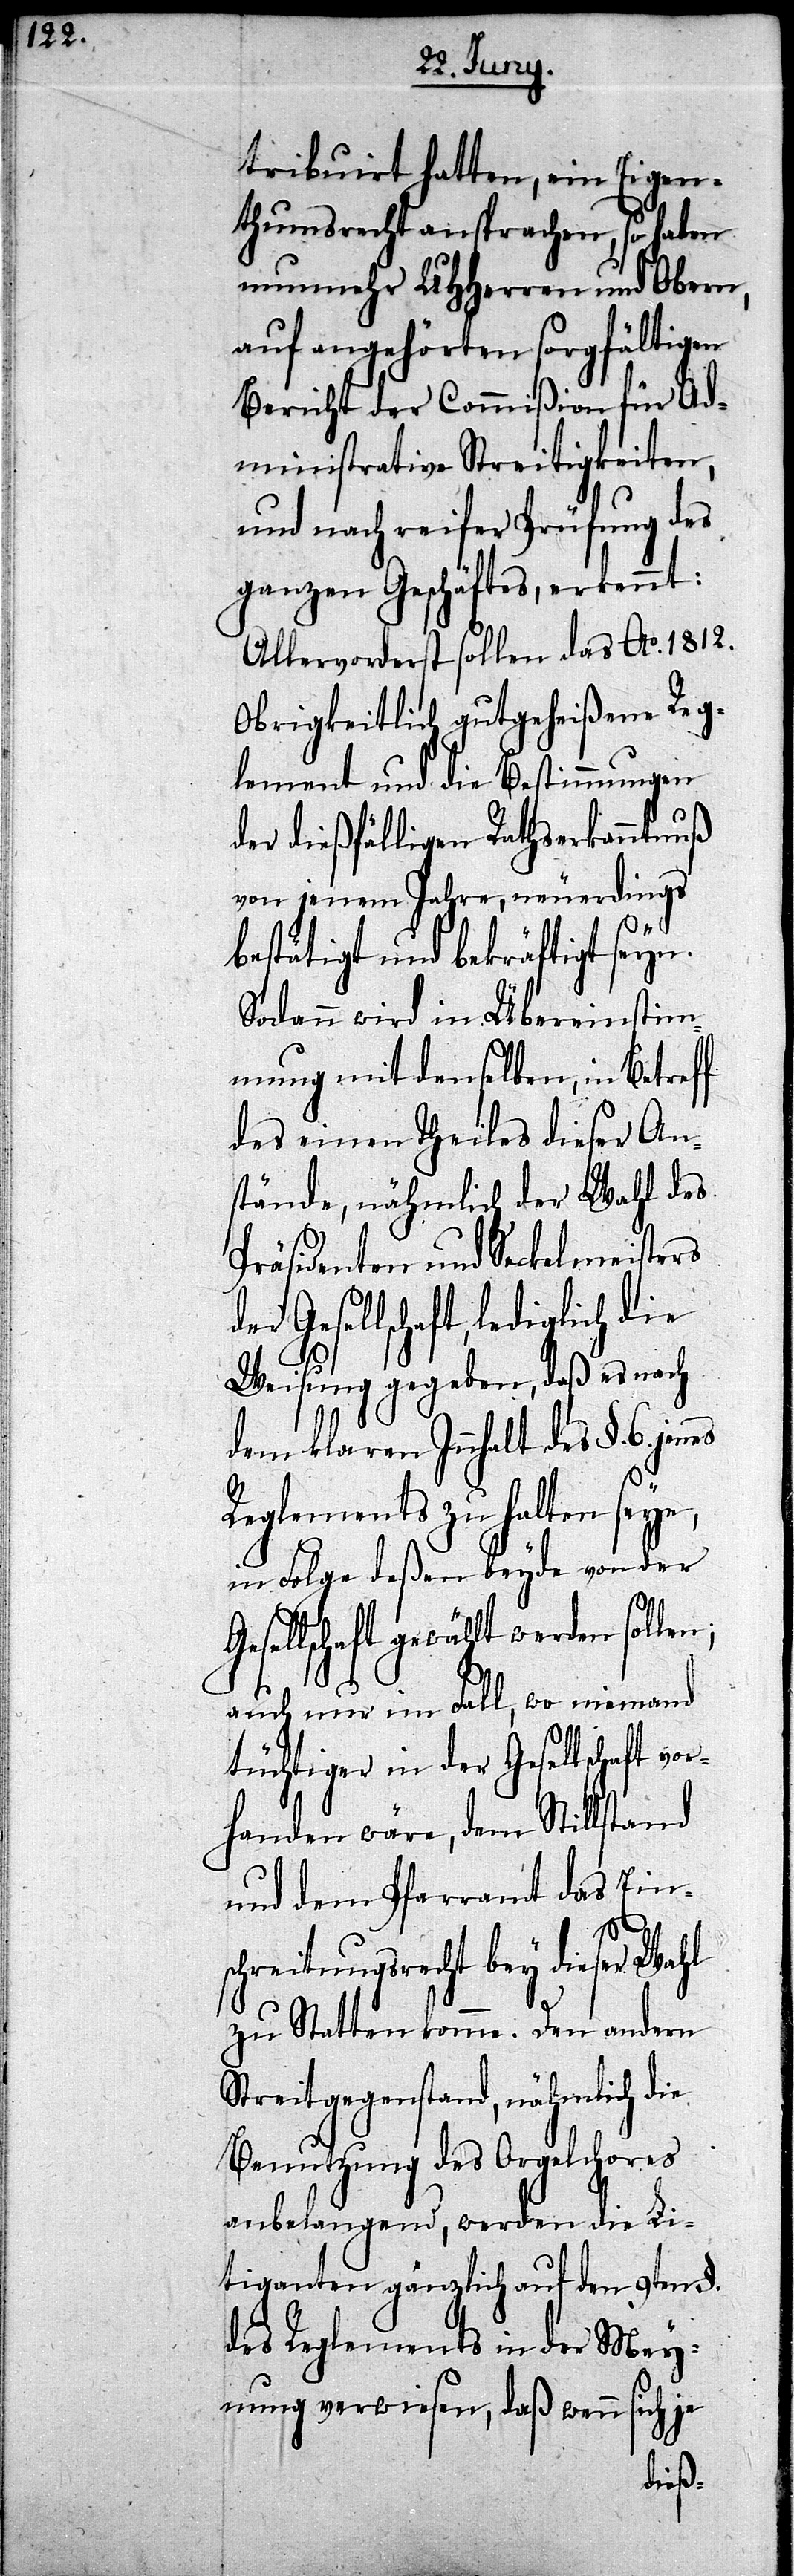
tribuirt hatten, ein Eigen¬
thumsrecht aussprechen, so haben
nunmehr UHHerren und Obern,
auf angehörten sorgfältigen
Bericht der Commißion für Ad¬
ministrative Streitigkeiten,
und nach reifer Prüfung des
ganzen Geschäftes, erkennt:
Allervorderst sollen das Ao. 1812.
Obrigkeitlich gutgeheißene Reg¬
lement und die Bestimmungen
der dießfälligen Rathserkanntnuß
von jenem Jahre, neuerdings
bestätigt und bekräftigt seyn.
Sodann wird in Übereinstim¬
mung mit denselben, in Betreff
des einen Theiles dieser An¬
stände, nähmlich der Wahl des
Präsidenten und Seckelmeisters
Gesellschaft, lediglich die
Weisung gegeben, daß es nach
dem klaren Innhalt des §. 6. jenes
Reglements zu halten seye,
in Folge deßen beyde von der
esellschaft gewählt werden sollen;
auch nur im Fall, wo niemand
tüchtiger in der Gesellschaft vor¬
handen wäre, dem Stillstand
und dem Pfarramt das Ein¬
G¬
schreitungsrecht bey dieser Wahl
zu Statten komme. Den andern
Streitgegenstand, nähmlich die
Benutzung des Orgelchores
anbelangend, werden die Li¬
tiganten gänzlich auf den 9ten §.
des Reglements in der Mey¬
nung verwiesen, daß wenn sich je